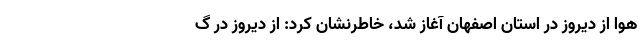
هوا از دیروز در استان اصفهان آغاز شد، خاطرنشان کرد: از دیروز در گ